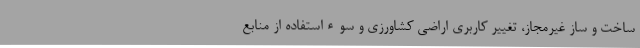
ساخت‌ و ساز غیرمجاز، تغییر کاربری اراضی کشاورزی و سوء‌استفاده از منابع